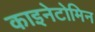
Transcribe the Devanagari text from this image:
काइनेटोमिन